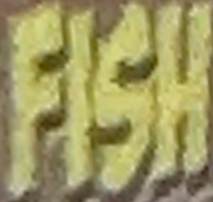
FISH